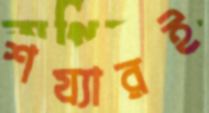
শয্যারই